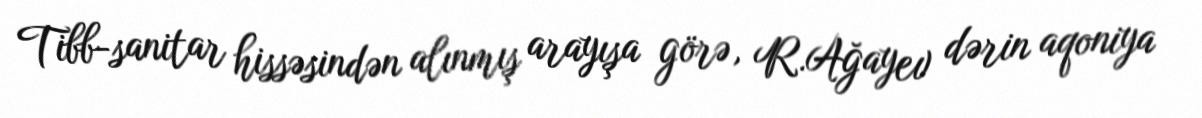
Tibb-sanitar hissəsindən alınmış arayışa görə, R.Ağayev dərin aqoniya